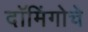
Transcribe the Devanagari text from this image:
दॉमिंगोचे